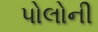
પોલોની